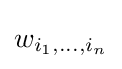
w_{i_{1},\dots ,i_{n}}